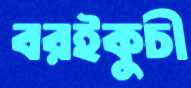
বরইকুচী